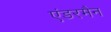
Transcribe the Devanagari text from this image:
एंडरमैन